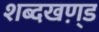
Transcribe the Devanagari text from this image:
शब्दखण़्ड